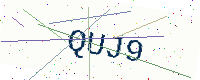
Text: QUJ9